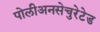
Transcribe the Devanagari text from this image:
पोलीअनसेचुरेटेड